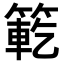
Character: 𮅯